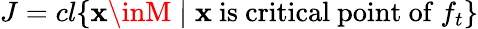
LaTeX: J=cl{\{ \mathbf{x}\inM\mid\mathbf{x}{\mathrm{{~is~critical~point~of~}}}f_{t}\} }